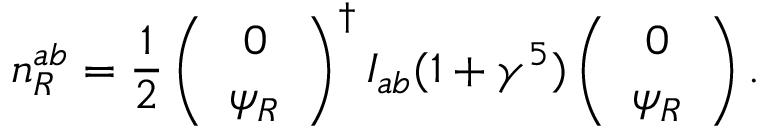
n _ { R } ^ { a b } = \frac 1 2 \left( \begin{array} { c } { { 0 } } \\ { { \psi _ { R } } } \end{array} \right) ^ { \dagger } I _ { a b } ( 1 + \gamma ^ { 5 } ) \left( \begin{array} { c } { { 0 } } \\ { { \psi _ { R } } } \end{array} \right) .